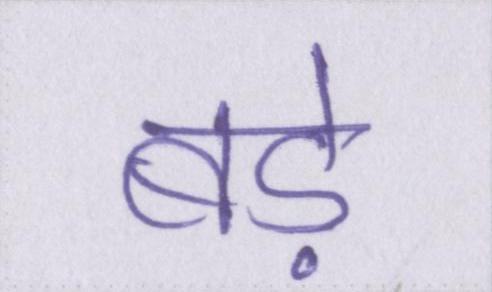
बडे़